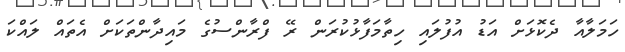
ހަމަލާއާ ދެކޮޅަށް އަޑު އުފުލައި ހިތާމަފާޅުކުރަން ރޭ ފްރާންސުގެ މައިދާންތަކަށް އެތައް ލައްކަ